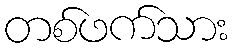
တစ်ဖက်သား